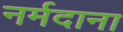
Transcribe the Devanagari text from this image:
नर्मदाना